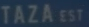
TAZA EST